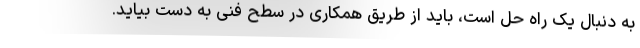
به دنبال یک راه حل است، باید از طریق همکاری در سطح فنی به دست بیاید.